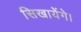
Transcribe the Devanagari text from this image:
सिखायेंगे।